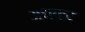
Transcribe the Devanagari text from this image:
अधकर